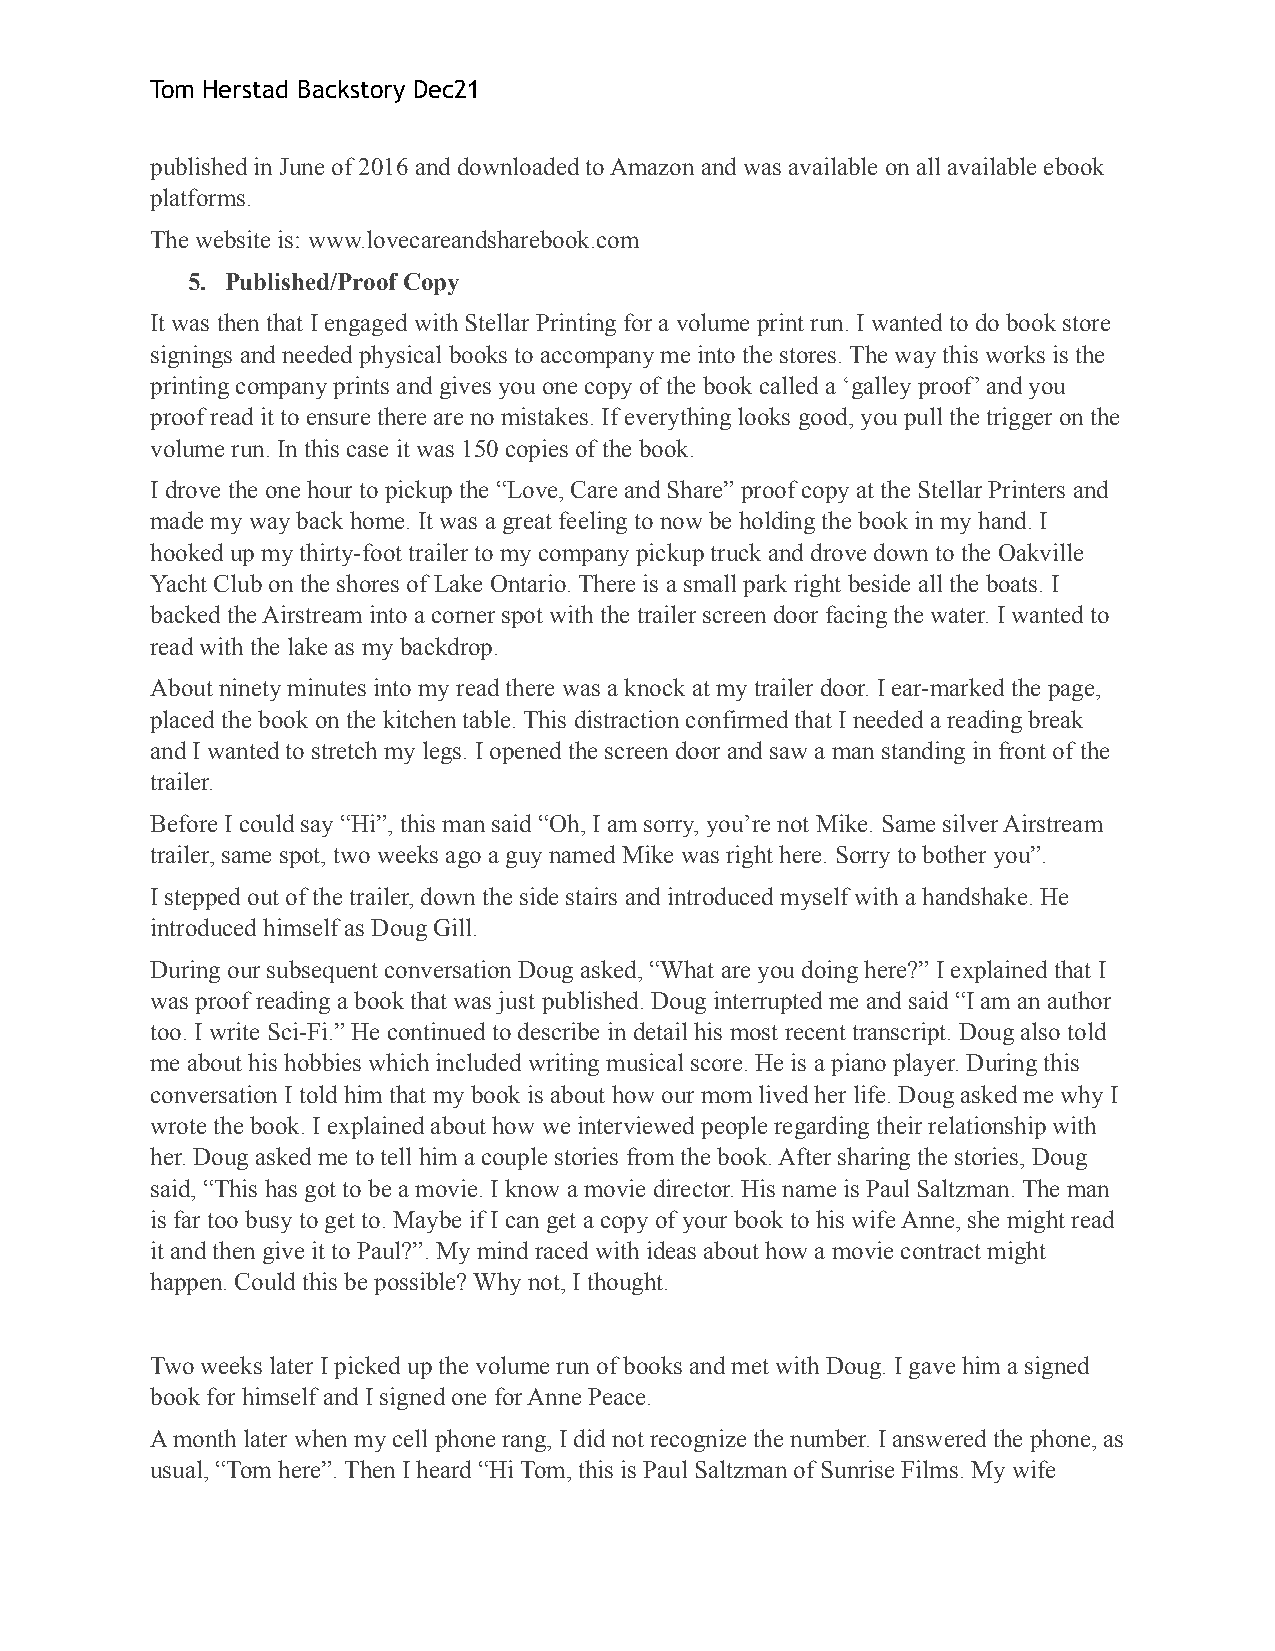
Tom Herstad Backstory Dec21
 published in June of 2016 and downloaded to Amazon and was available on all available ebook
 platforms.
 The website is: www.lovecareandsharebook.com
 5. Published/Proof Copy
 It was then that I engaged with Stellar Printing for a volume print run. I wanted to do book store
 signings and needed physical books to accompany me into the stores. The way this works is the
 printing company prints and gives you one copy of the book called a ‘galley proof’ and you
 proof read it to ensure there are no mistakes. If everything looks good, you pull the trigger on the
 volume run. In this case it was 150 copies of the book.
 I drove the one hour to pickup the “Love, Care and Share” proof copy at the Stellar Printers and
 made my way back home. It was a great feeling to now be holding the book in my hand. I
 hooked up my thirty-foot trailer to my company pickup truck and drove down to the Oakville
 Yacht Club on the shores of Lake Ontario. There is a small park right beside all the boats. I
 backed the Airstream into a corner spot with the trailer screen door facing the water. I wanted to
 read with the lake as my backdrop.
 About ninety minutes into my read there was a knock at my trailer door. I ear-marked the page,
 placed the book on the kitchen table. This distraction confirmed that I needed a reading break
 and I wanted to stretch my legs. I opened the screen door and saw a man standing in front of the
 trailer.
 Before I could say “Hi”, this man said “Oh, I am sorry, you’re not Mike. Same silver Airstream
 trailer, same spot, two weeks ago a guy named Mike was right here. Sorry to bother you”.
 I stepped out of the trailer, down the side stairs and introduced myself with a handshake. He
 introduced himself as Doug Gill.
 During our subsequent conversation Doug asked, “What are you doing here?” I explained that I
 was proof reading a book that was just published. Doug interrupted me and said “I am an author
 too. I write Sci-Fi.” He continued to describe in detail his most recent transcript. Doug also told
 me about his hobbies which included writing musical score. He is a piano player. During this
 conversation I told him that my book is about how our mom lived her life. Doug asked me why I
 wrote the book. I explained about how we interviewed people regarding their relationship with
 her. Doug asked me to tell him a couple stories from the book. After sharing the stories, Doug
 said, “This has got to be a movie. I know a movie director. His name is Paul Saltzman. The man
 is far too busy to get to. Maybe if I can get a copy of your book to his wife Anne, she might read
 it and then give it to Paul?”. My mind raced with ideas about how a movie contract might
 happen. Could this be possible? Why not, I thought.
 Two weeks later I picked up the volume run of books and met with Doug. I gave him a signed
 book for himself and I signed one for Anne Peace.
 A month later when my cell phone rang, I did not recognize the number. I answered the phone, as
 usual, “Tom here”. Then I heard “Hi Tom, this is Paul Saltzman of Sunrise Films. My wife